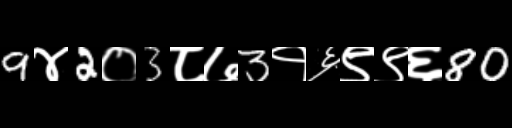
Text: 9४2०3८७3१६९९६80